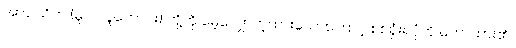
အာဝါသိက (မူလလူဟောင်း) တို့ကို မေ့လျှောက့်ထားသောကြောင့် စစ်ရှုံးရပုံကို ဟောထား၏။